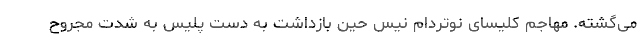
می‌گشته. مهاجم کلیسای نوتردام نیس حین بازداشت به دست پلیس به شدت مجروح